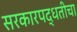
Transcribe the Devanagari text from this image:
सरकारपद्धतीचा